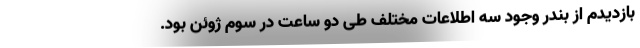
بازدیدم از بندر وجود سه اطلاعات مختلف طی دو ساعت در سوم ژوئن بود.